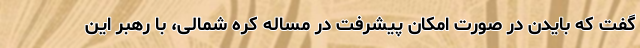
گفت که بایدن در صورت امکان پیشرفت در مساله کره شمالی، با رهبر این